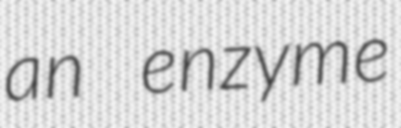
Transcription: an enzyme